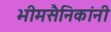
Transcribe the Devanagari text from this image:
भीमसैनिकांनी